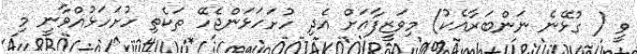
ވީ ( ގުޅޭނެ ނަންބަރާއެކު) މިވަޒީފާއަށް އެދި ހުށަހަޅަންޖެހޭ ތަކެތި ހުށަހަޅުއްވާނީ މި